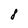
Character: 8